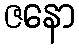
ဇနော